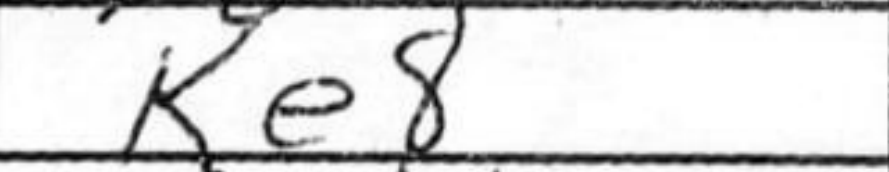
Transcription: Ke8